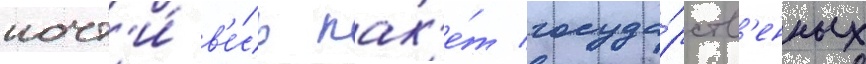
почт'и́ в'е́сь пак'е́т госуда́рств'енных